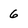
Character: 6